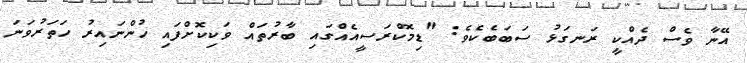
އޭނާ ވެސް ދެއްކީ ރަނގަޅު ސަބަބެކެވެ: "ޑިމޮކްރަސީއެއްގައި ބާރުތައް ވަކިކޮށްފައި ހުންނައިރު ހަތަރުވަނަ